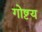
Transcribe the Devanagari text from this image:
गोष्टय